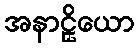
အနာဠှိယော